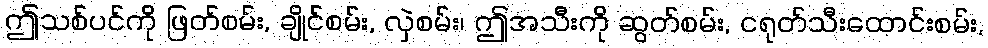
ဤသစ်ပင်ကို ဖြတ်စမ်း, ချိုင်စမ်း, လှဲစမ်း၊ ဤအသီးကို ဆွတ်စမ်း, ငရုတ်သီးထောင်းစမ်း,